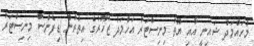
މުހައްމަދު ޝައިނީ އާއި ޔޫތު މިނިސްޓަރު އަހްމަދު ޒުހޫރުގެ އިތުރުން ޑިފެންސް މިނިސްޓަރު